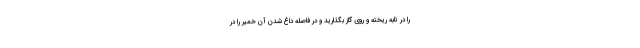
را در تابه ریخته و روی گاز بگذارید و در فاصله داغ شدن آن خمیر را در